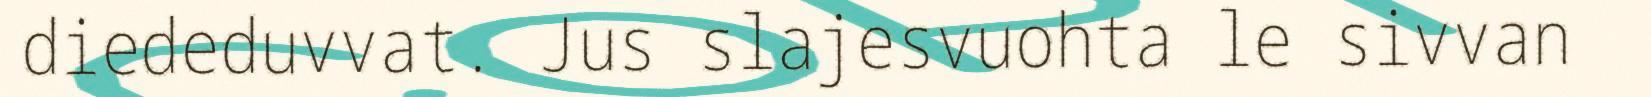
diededuvvat. Jus slajesvuohta le sivvan